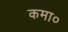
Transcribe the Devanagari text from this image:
कमा०